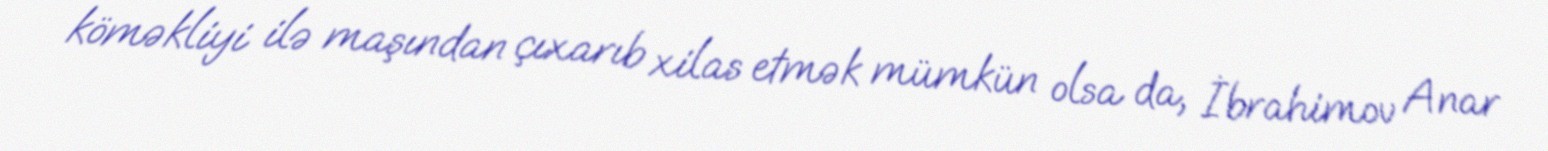
köməkliyi ilə maşından çıxarıb xilas etmək mümkün olsa da, İbrahimov Anar